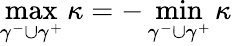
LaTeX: \operatorname*{max}_{\gamma^{-}\cup\gamma^{+}}\kappa=-\operatorname*{min}_{\gamma^{-}\cup\gamma^{+}}\kappa